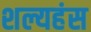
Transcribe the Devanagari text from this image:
शल्यहंस